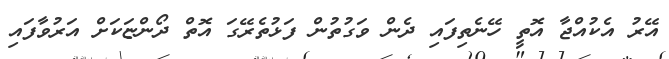
އޭރު އެކުއްޖާ އޮތީ ހޭނެތިފައި ދެން ވަގުތުން ފަޅުތެރޭގަ އޮތް ދޯންޏަކަށް އަރުވާފައި